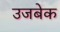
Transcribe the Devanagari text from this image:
उजबेक